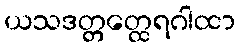
ယသဒတ္တတ္ထေရဂါထာ